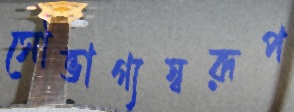
সৌভাগ্যস্বরূপ